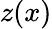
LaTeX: z(x)